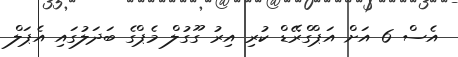
އެސް 6 އަށް އަޕްގްރޭޑް ކުރި އިރު ގޫގުލް މެޕްގެ ބަދަލުގައި އެޕަލް